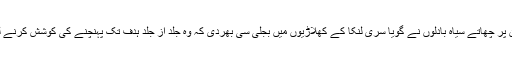
آسمان پر چھاتے سیاہ بادلوں نے گویا سری لنکا کے کھلاڑیوں میں بجلی سی بھردی کہ وہ جلد از جلد ہدف تک پہنچنے کی کوشش کرنے لگے۔